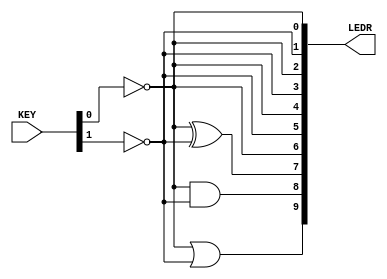
module Practice1onVerilog
(
	input [1:0] KEY,
	output [9:0] LEDR
);

	wire a = ~ KEY [0];
	wire b = ~ KEY [1];
	
	assign LEDR[0] = a;
	assign LEDR[1] = b;
	assign LEDR[2] = a;
	assign LEDR[3] = b;
	assign LEDR[4] = a;
	assign LEDR[5] = b;
	assign LEDR[6] = a;
	
	assign LEDR[7] = a ^ b;
	assign LEDR[8] = a & b;
	assign LEDR[9] = a | b;
endmodule